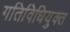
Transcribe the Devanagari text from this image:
गतिविधियुक्त